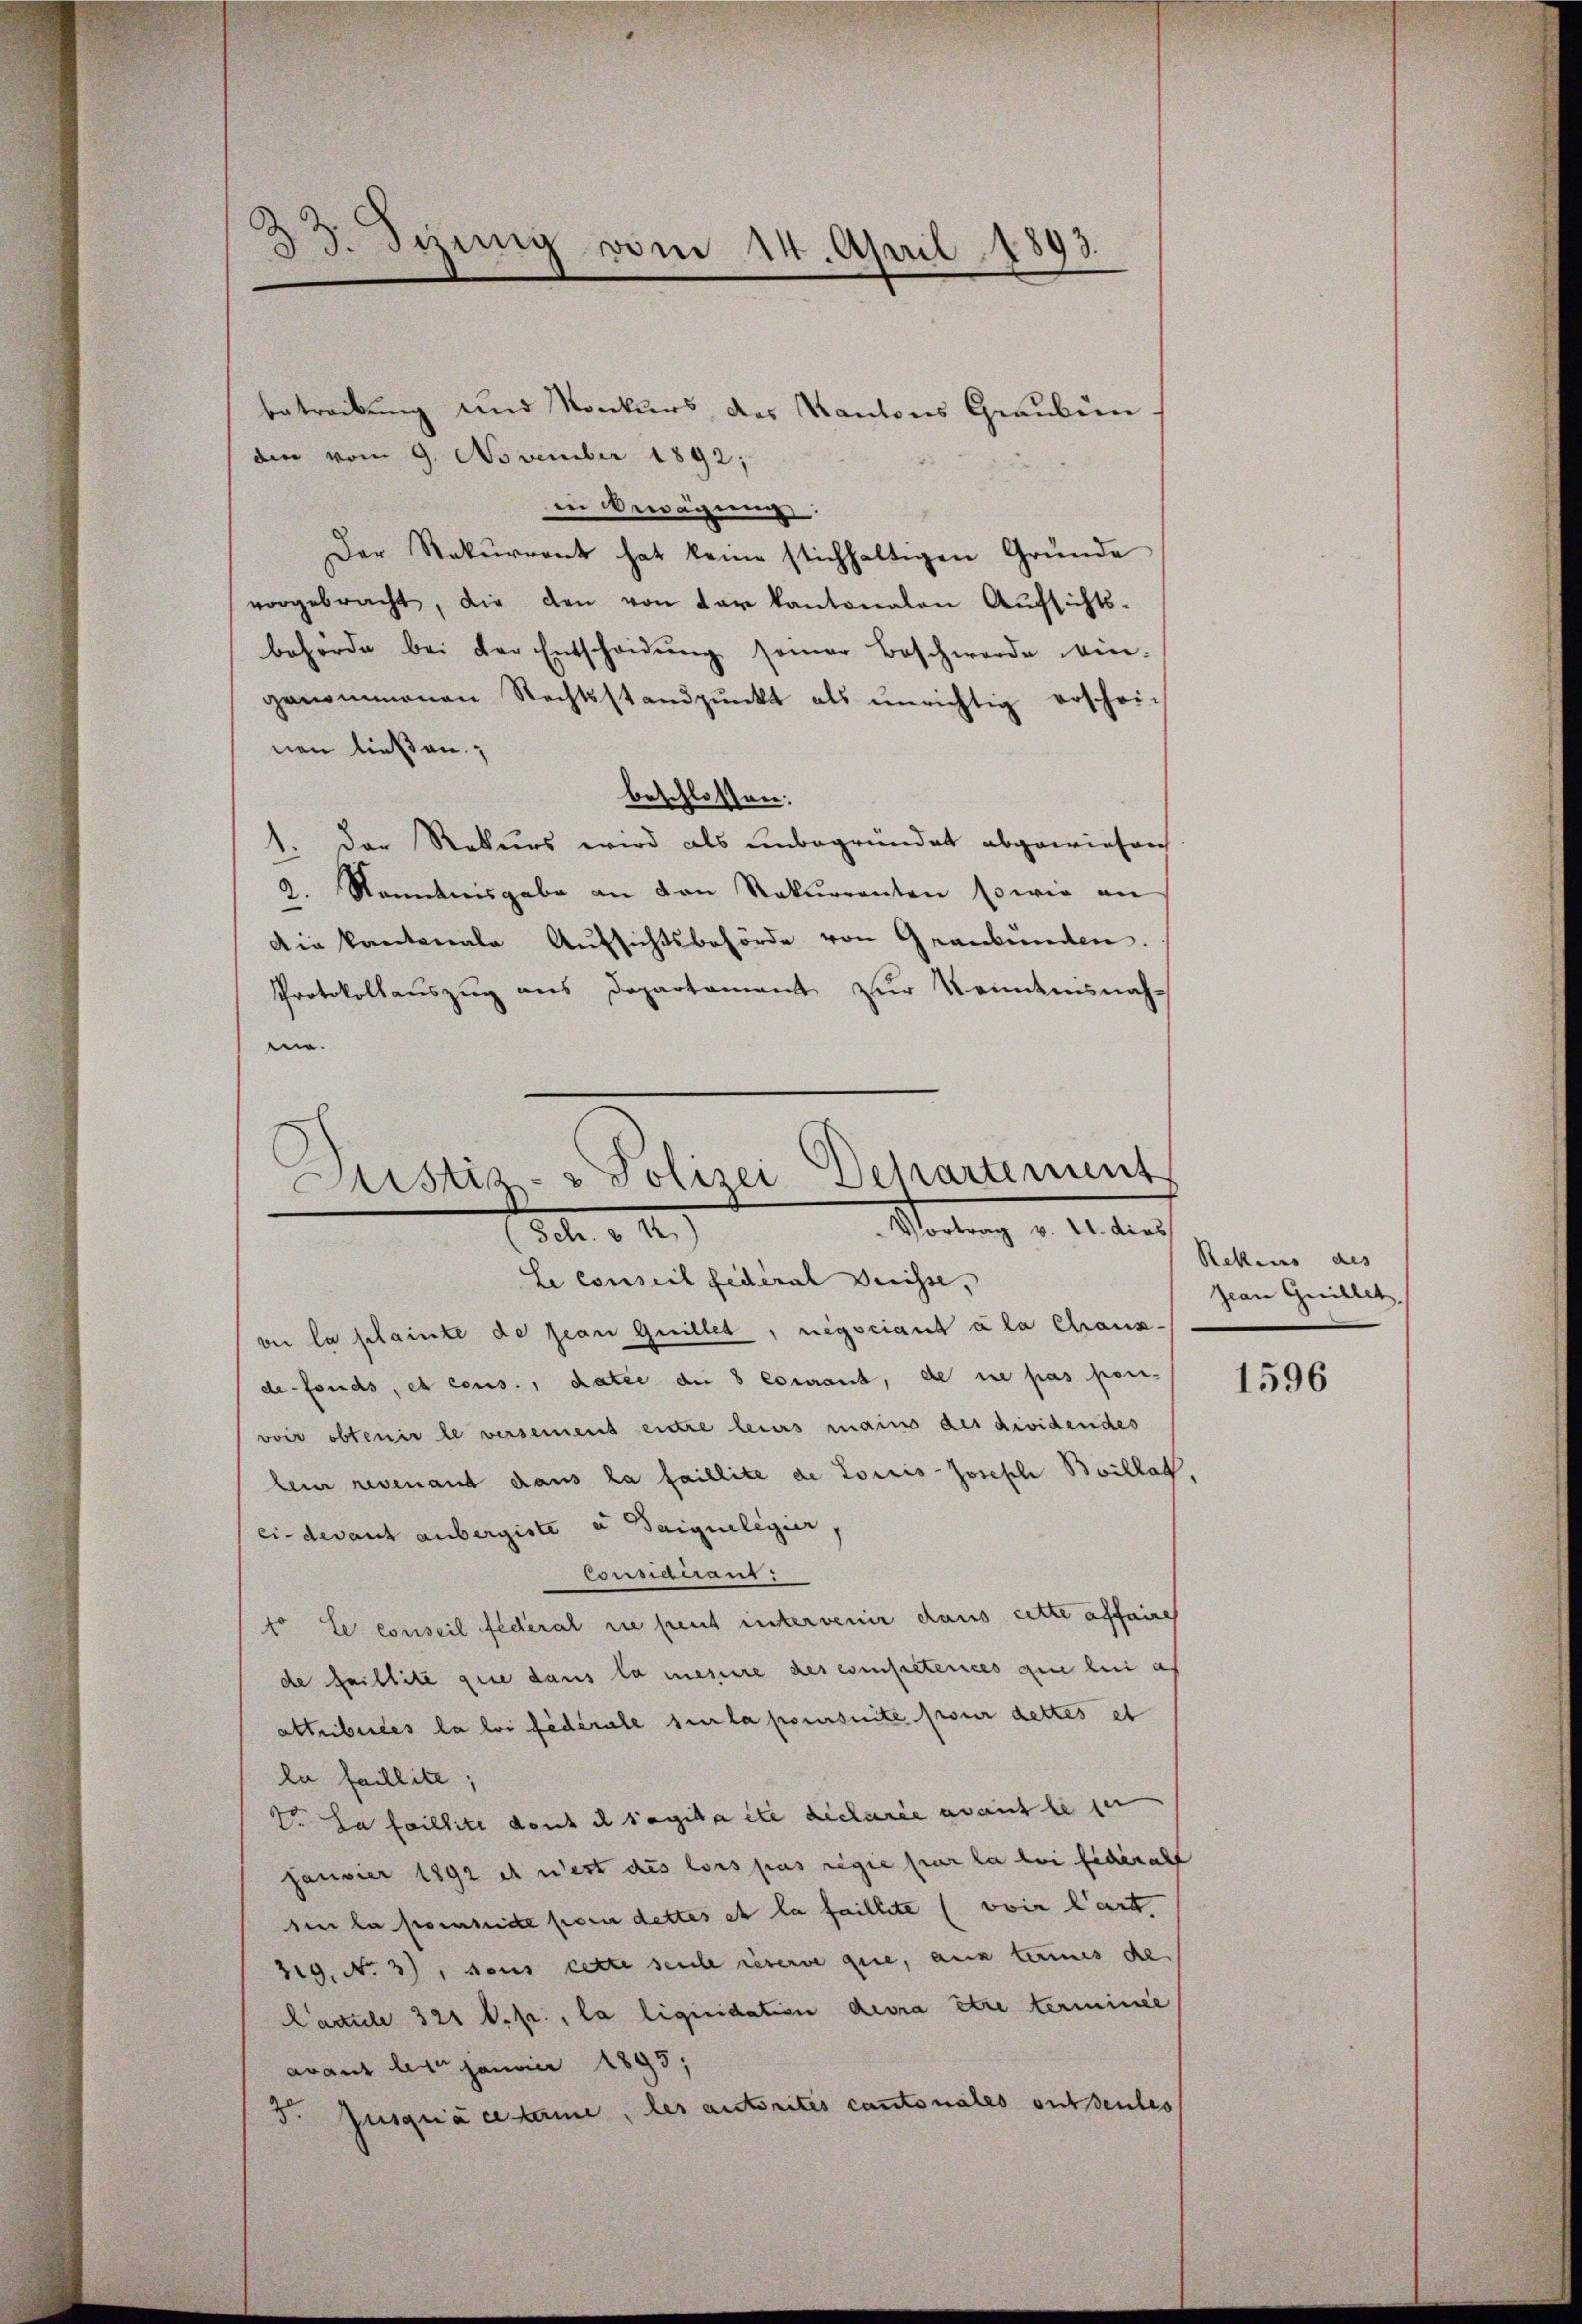
.
.
25. Sizung vom 14. April 1893.

betreibung und Konkurs des Kantons Graubün
din vom 9. November 1892;
in Bewägung:
Der Rekurrent hat keine stichhaltigen Gründe
vorgebracht, die den von der Kantonalen Aufsichts-
behörde bei der Entscheidŭng seiner Beschwerde ein-
genommenen Rechtsstandpŭnkt als unrichtig erschei-
nen ließen;
beschlossen:
1. Der Rekurs wird als unbegründet abgewiesen
2. Renntnisgabe an von Rekurrenten sowie an
Die kantonale Aufsichtsbehörde von Graubünden.
Protokollauszug aus Departament zur Keindemnachen.
vie la plainte de Jean Guillet, negsciant à la Chrausdefonds, et cous., datie die 8 courant, de ne pas pon-
voir obtenir le versemens entre leurs mains des dividendes
lein revenant dans la faillite de Loisis-Joseph Boillat,
ei- devant anbergiste u Saique legier
Consideraus:
to Le conseil fédéral sie freut intervenir dans cette affaire
de faillite que dans la mesure des esenpetenices que bei a
attribuiles la loi fédérale sur la poursuite pour dettes et
la faillite;
t. La faillite dont il s’agita ite declarée avant le ser
fauster 1892 et n’est des lors pas regie sur la bei sicherecht
sin la somite sein dettes et la faillete (voir l’art
319. No 3), sous cette seule reserve que, aux termes de
Cacile 321 V. pr., la liquidation devra être terminée
avant le Janvier 1895;
5. Jusquaciame, les autorites cantonales ont seules

Justiz- & Polizei-Departement
Vortrag v. U. dies
18. d. 1
Le conseil Federal Preisse,

Rekens des
Jean Guillet,

1596